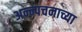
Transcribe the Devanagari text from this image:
अन्न्पचनाच्या